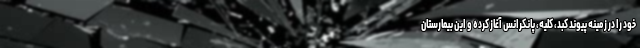
خود را در زمینه پیوند کبد، کلیه، پانکرانس آغاز کرده و این بیمارستان